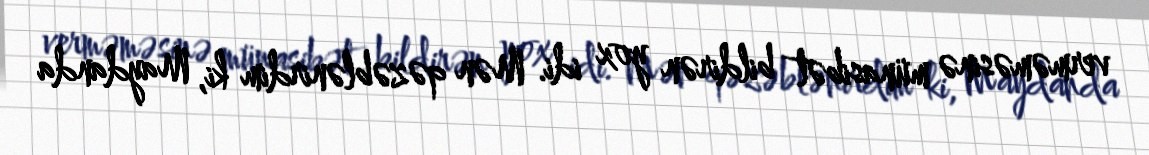
verməməsinə münasibət bildirən yox idi. Mən qəzəblənirdim ki, Maydanda